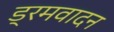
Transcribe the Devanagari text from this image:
ड्रमवादन